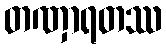
တဏှာရတဿ